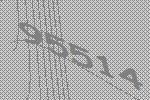
95514